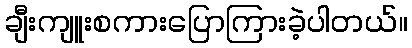
ချီးကျူးစကားပြောကြားခဲ့ပါတယ်။